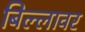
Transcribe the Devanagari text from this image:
बिल्लावर